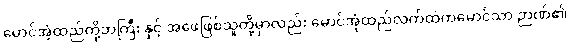
မောင်အံ့ထည်တို့ဘကြီး နှင့် အဖေဖြစ်သူတို့မှာလည်း မောင်အုံထည်လက်ထဲကမောင်သာ ဉာဏ်၏